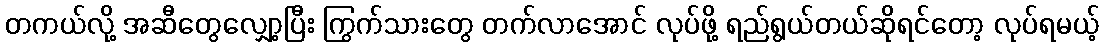
တကယ်လို့ အဆီတွေလျှော့ပြီး ကြွက်သားတွေ တက်လာအောင် လုပ်ဖို့ ရည်ရွယ်တယ်ဆိုရင်တော့ လုပ်ရမယ့်